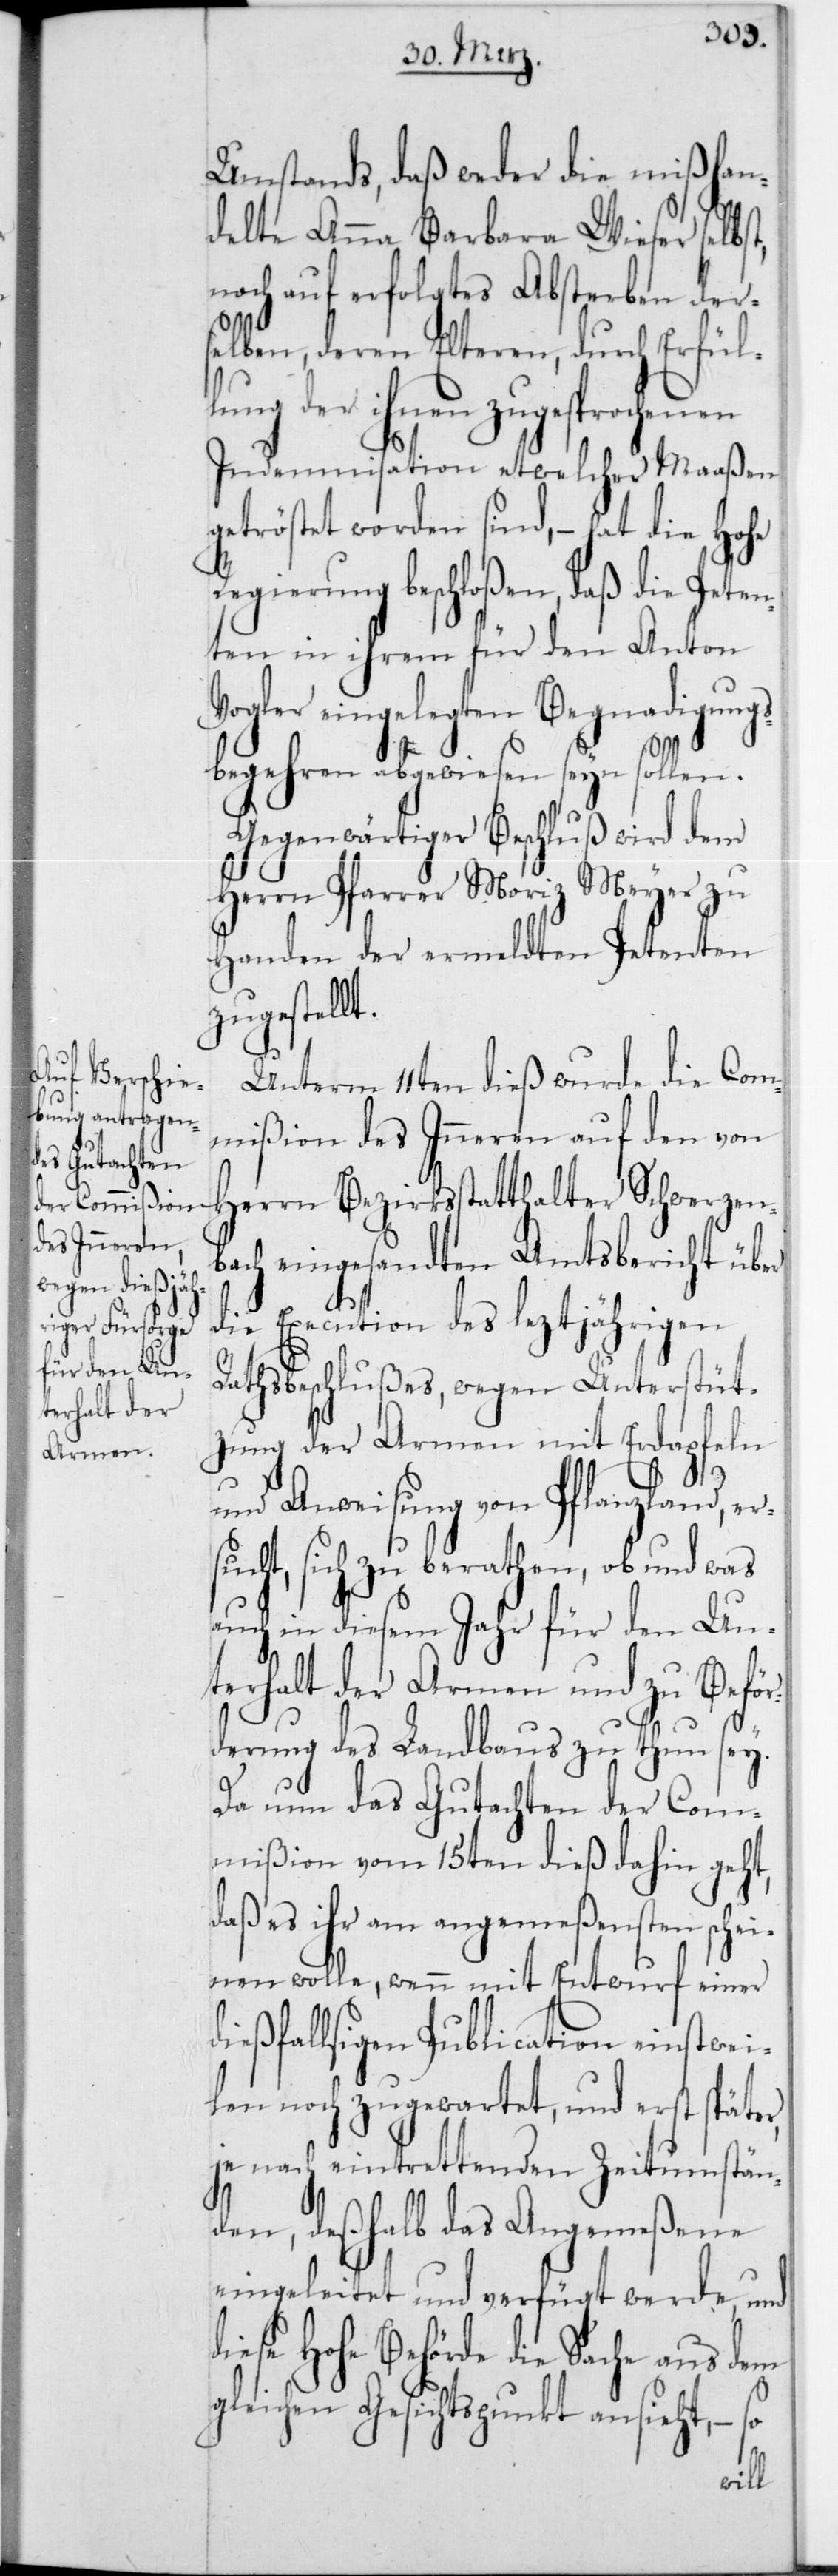
Umstands, daß weder die mißhan¬
delte Anna Barbara Wieser selbst,
noch auf erfolgtes Absterben der¬
selben, deren Elteren, durch Erfül¬
lung der ihnen zugesprochenen
Indemnisation etwelcher Maaßen
geströstet worden sind, – hat die hohe
Regierung beschloßen, daß die Peten¬
ten in ihrem für den Anton
Vogler eingelegten Begnadigungs¬
begehren abgewiesen seyn sollen.
Gegenwärtiger Beschluß wird dem
Herrn Pfarrer Moriz Meyer zu
Handen der ermeldten Petenten
zugestellt.
Unterm 11ten dieß wurde die Com¬
mißion des Inneren auf den von
Herrn Bezirksstatthalter Schwerzen¬
bach eingesandten Amtsbericht über
die Execution des leztjährigen
Rathsbeschlußes, wegen Unterstüt¬
zung der Armen mit Erdapfeln
und Anweisung von Pflanzland, er¬
sucht, sich zu berathen, ob und was
auch in diesem Jahr für den Un¬
terhalt der Armen und zu Beför¬
derung des Landbaus zu thun sey.
Da nun das Gutachten der Com¬
mißion vom 15ten dieß dahin geht,
daß es ihr am angemeßensten schei¬
nen wolle, wenn mit Entwurf einer
dießfallsigen Publication einstwei¬
len noch zugewartet, und erst später,
je nach eintrettenden Zeitumstän¬
den, deßhalb das Angemeßene
eingeleitet und verfügt werde, und
diese Hohe Behörde die Sache aus dem
gleichen Gesichtspunkt ansieht, –